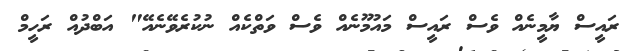
ރައީސް ޔާމީނެއް ވެސް ރައީސް މައުމޫނެއް ވެސް ވަތްކެއް ނުކުރެވޭނެއޭ" އަބްދުއް ރަހީމް